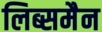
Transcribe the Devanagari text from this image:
लिब्समैन